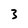
Character: 3